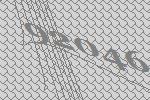
92046